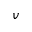
v